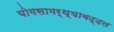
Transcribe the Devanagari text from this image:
योगसामर्थ्याबद्दल